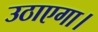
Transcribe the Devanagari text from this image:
उठाएगा।